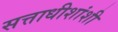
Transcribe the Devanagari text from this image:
सत्ताधीशांशी